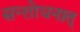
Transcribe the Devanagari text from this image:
सन्शोधनात्